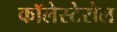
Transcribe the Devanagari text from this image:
कॉलेस्टेरोल